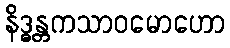
နိဒ္ဓန္တကသာဝမောဟော